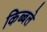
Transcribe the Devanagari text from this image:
किब्बले